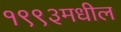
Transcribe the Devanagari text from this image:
१९९३मधील